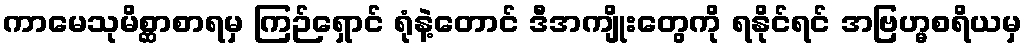
ကာမေသုမိစ္ဆာစာရမှ ကြဉ်ရှောင် ရုံနဲ့တောင် ဒီအကျိုးတွေကို ရနိုင်ရင် အဗြဟ္မစရိယမှ